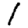
Digit: 1